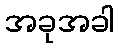
အခုအခါ